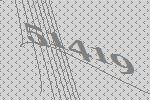
51419